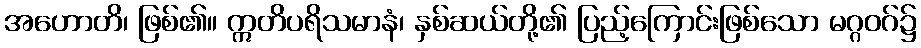
အဟောတိ၊ ဖြစ်၏။ ဣတိပရိသမာနံ၊ နှစ်ဆယ်တို့၏ ပြည့်ကြောင်းဖြစ်သော မဂ္ဂဝဂ်၌